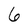
Character: 6